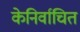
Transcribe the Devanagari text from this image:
केनिर्वाचित